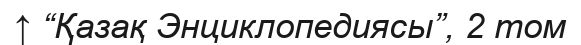
↑ “Қазақ Энциклопедиясы”, 2 том